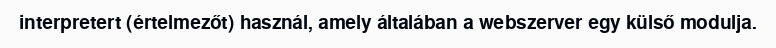
interpretert (értelmezőt) használ, amely általában a webszerver egy külső modulja.